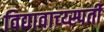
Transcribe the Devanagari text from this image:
विद्यावाच्य्स्पती